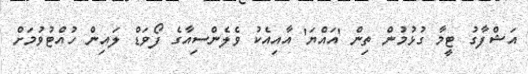
އަޝްފާގު ޓީމާ ގުޅުމުން ތިން 'އައްޔަ' އާއިއެކު ވެލެންސިއާގެ ފޯވަޑް ލައިން ހުއްޓުވުމަށް